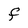
Character: F